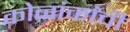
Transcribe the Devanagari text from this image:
कोनांकांची